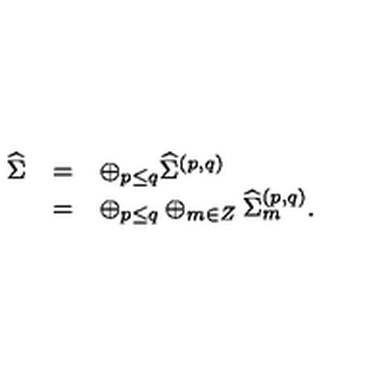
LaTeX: \begin{array} { l c l } { { \widehat \Sigma } } & { = } & { \oplus _ { p \leq q } { \widehat \Sigma } ^ { ( p , q ) } } \\ { } & { = } & { \oplus _ { p \leq q } \oplus _ { m \in Z } { \widehat \Sigma } _ { m } ^ { ( p , q ) } . } \\ \end{array}